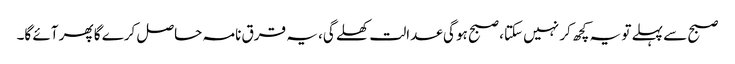
صبح سے پہلے تو یہ کچھ کر نہیں سکتا، صبح ہو گی عدالت کھلے گی، یہ قرق نامہ حاصل کرے گا پھر آئے گا۔